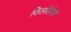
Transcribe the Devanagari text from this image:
फिलॉलोजी